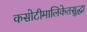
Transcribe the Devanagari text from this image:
कसोटीमालिकेतसुद्धा